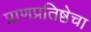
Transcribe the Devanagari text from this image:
प्राणप्रतिष्ठेचा